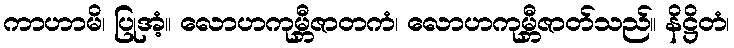
ကာဟာမိ၊ ပြုအံ့။ လောဟကုမ္ဘီဇာတကံ၊ လောဟကုမ္ဘီဇာတ်သည်။ နိဋ္ဌိတံ၊